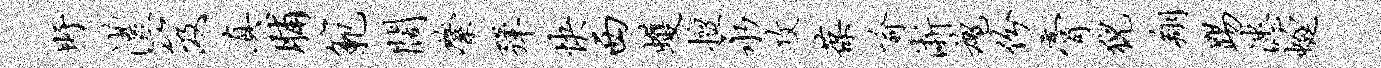
盱澧笈真脯范阔綮弹快西蠖擅永攻葆喻淅魂份膏猊翔踢漶蜓